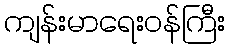
ကျန်းမာရေးဝန်ကြီး